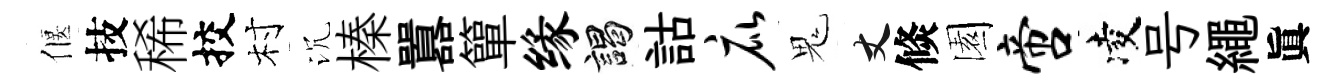
偃技稀挍村沉榛囂簞缘謁詁庇鬼丈倐園啻凌号繩眞